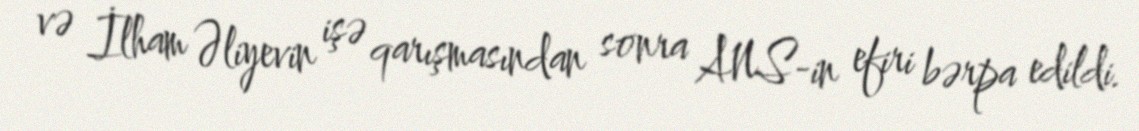
və İlham Əliyevin işə qarışmasından sonra ANS-in efiri bərpa edildi.